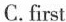
C.first